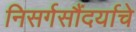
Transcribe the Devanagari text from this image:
निसर्गसौंदर्याचे